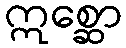
ဣစ္ဆော